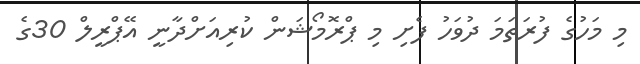
މި މަހުގެ ފުރަތަމަ ދުވަހު ފެށިި މި ޕްރޮމޯޝަން ކުރިއަށްދާނީ އޭޕްރީލް 30ގެ